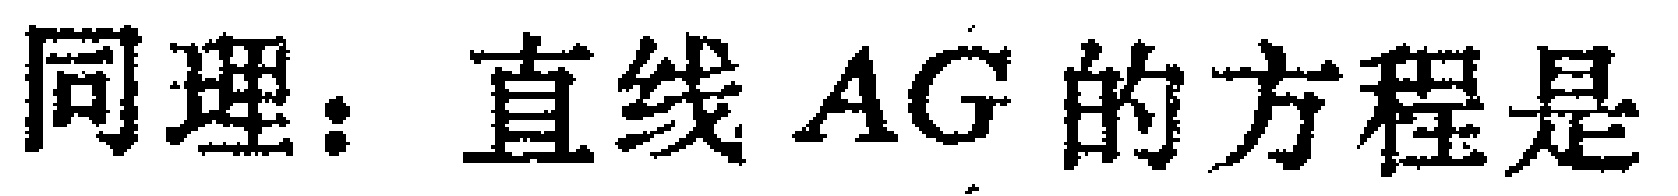
同理：直线 \(AG\) 的方程是